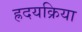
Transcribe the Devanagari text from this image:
ह्रदयक्रिया